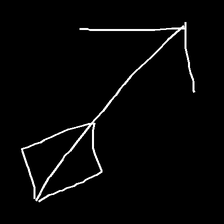
Glyph: focus